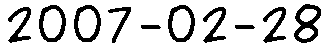
2007-02-28